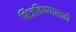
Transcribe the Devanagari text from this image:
भिजविण्यासाठी